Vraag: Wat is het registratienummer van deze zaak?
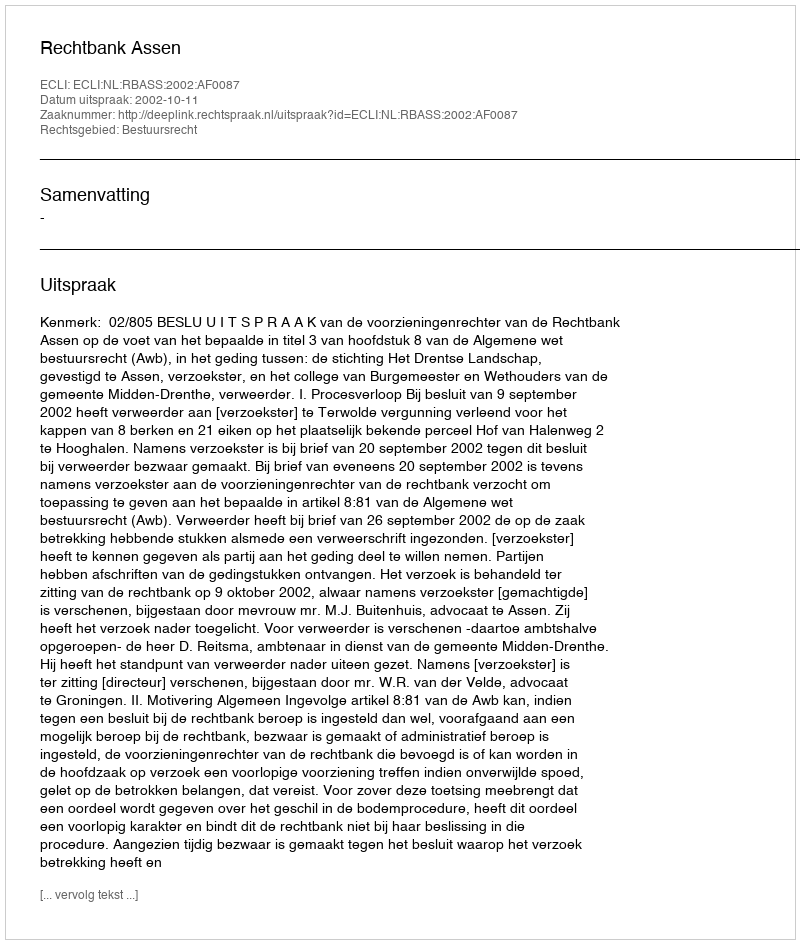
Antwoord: http://deeplink.rechtspraak.nl/uitspraak?id=ECLI:NL:RBASS:2002:AF0087